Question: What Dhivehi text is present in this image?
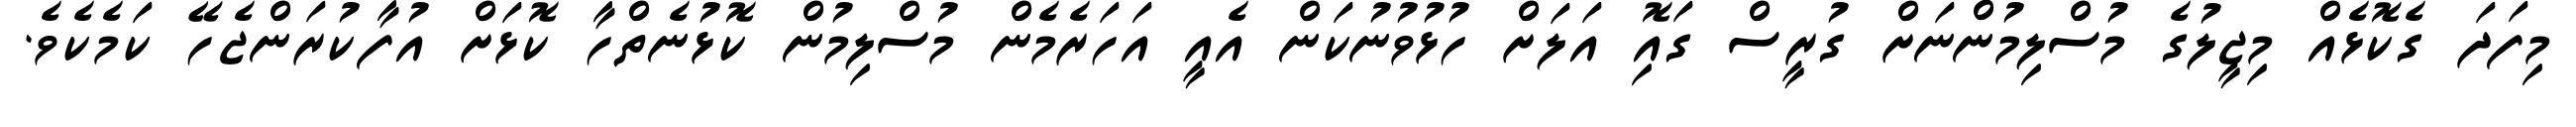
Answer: މިފަދަ ގެކޮޅެއް މިޖީލުގެ މުސްލިމުންނަށް ގުރީސް ގައިޮ އަލަށް ހުޅުވުނުކަން އެއީ އަހަރެމެން މުސްލިމުން ކޮޅުނެތްހާ ކޮޅަށް އުފާކުރަންޖެހޭ ކަމެކެވެ.